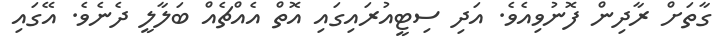
ގާތަށް ރާދިން ފޮނުވިއެވެ. އަދި ސިޓީއުރައިގައި އޮތް އެއްޗެއް ބަލާލީ ދެނެވެ. އޭގައި